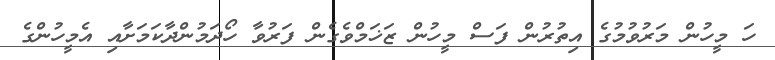
ހަ މީހުން މަރުވުމުގެ އިތުރުން ފަސް މީހުން ޒަޚަމްވެގެން ފަރުވާ ހޯދަމުންދާކަމަށާއި އެމީހުންގެ